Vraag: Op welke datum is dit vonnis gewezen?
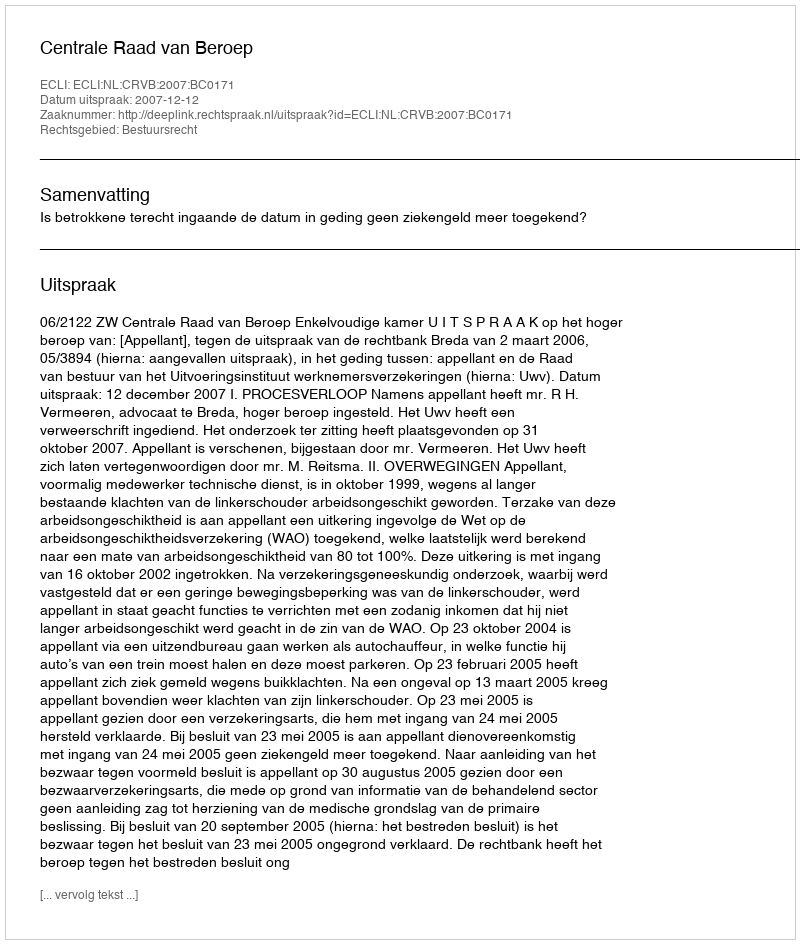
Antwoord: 2007-12-12